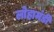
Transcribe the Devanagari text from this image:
लोहामंडी